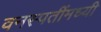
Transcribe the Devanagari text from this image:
वनस्पतींमध्यी